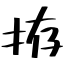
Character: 拵